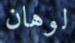
لوهان